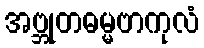
အဗ္ဘုတဓမ္မဗာကုလံ